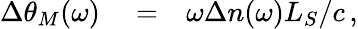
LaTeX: \begin{array}{rlr}{\Delta\theta_{M}(\omega)}&{{}=}&{\omega\Delta n(\omega)L_{S}/c\, ,}\end{array}